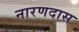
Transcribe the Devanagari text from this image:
नारणदास